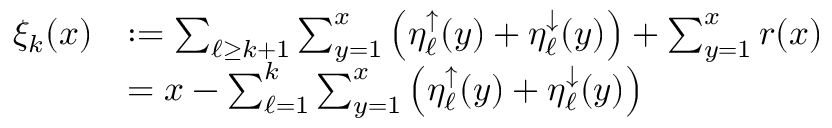
\begin{array} { r l } { \xi _ { k } ( x ) } & { : = \sum _ { \ell \ge k + 1 } \sum _ { y = 1 } ^ { x } \left( \eta _ { \ell } ^ { \uparrow } ( y ) + \eta _ { \ell } ^ { \downarrow } ( y ) \right) + \sum _ { y = 1 } ^ { x } r ( x ) } \\ & { = x - \sum _ { \ell = 1 } ^ { k } \sum _ { y = 1 } ^ { x } \left( \eta _ { \ell } ^ { \uparrow } ( y ) + \eta _ { \ell } ^ { \downarrow } ( y ) \right) } \end{array}